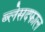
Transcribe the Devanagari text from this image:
ब्लेसदफाल